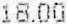
18.00